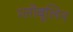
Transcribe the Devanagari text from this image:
ग्लोबूलिन